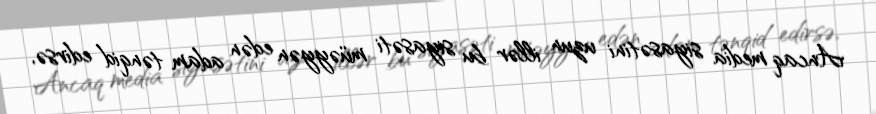
Ancaq media siyasətini uzun illər bu siyasəti müəyyən edən adam tənqid edirsə,